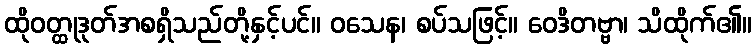
ထိုဝတ္ထုဒုတ်အစရှိသည်တို့နှင့်ပင်။ ဝသေန၊ စပ်သဖြင့်။ ဝေဒိတဗ္ဗာ၊ သိထိုက်၏။